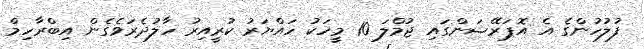
ފުލުހުންގެ އެ އޮޕަރޭޝަންގައި ޖުމްލަ 10 މީހަކު ހައްޔަރު ކުރީއިރު ހާލުދެރަވެގެން އިބްރާހިމް